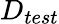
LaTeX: D_{test}